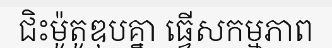
ជិះម៉ូតូឌុបគ្នា ធ្វើសកម្មភាព